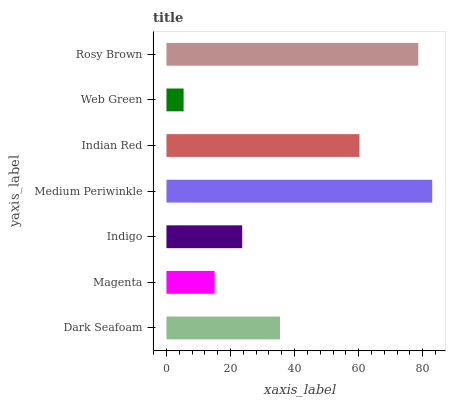
| yaxis_label | bars |
 | --- | --- |
 | Dark Seafoam | 35.5 |
 | Magenta | 15 |
 | Indigo | 23.6 |
 | Medium Periwinkle | 83 |
 | Indian Red | 60.2 |
 | Web Green | 5.35 |
 | Rosy Brown | 78.6 |